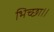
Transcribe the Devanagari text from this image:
भिच्‍छा।।